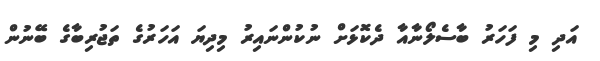
އަދި މި ފަހަރު ބާސެލޯނާއާ ދެކޮޅަށް ނުކުންނައިރު މިދިޔަ އަހަރުގެ ތަޖުރިބާގެ ބޭނުން